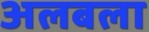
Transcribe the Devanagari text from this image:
अलबला